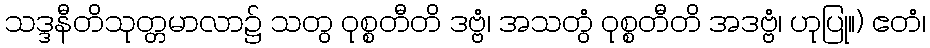
သဒ္ဒနီတိသုတ္တမာလာ၌ သတွ ဝုစ္စတီတိ ဒဗ္ဗံ၊ အသတွံ ဝုစ္စတီတိ အဒဗ္ဗံ၊ ဟုပြု။) ဧတံ၊